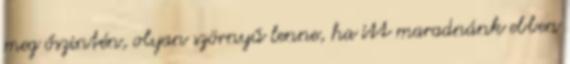
meg őszintén, olyan szörnyű lenne, ha itt maradnánk ebben